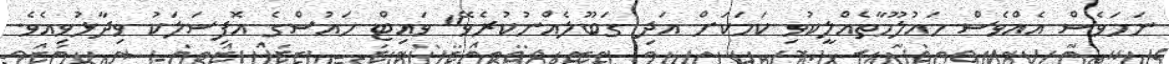
ނަމަވެސް އެއްވެސް މައުލޫމާތެއްލީކުވި ކަމަކަށް އަދި ގަބޫލެއްނުކުރެވޭ" ވައިޓް ހައުސްގެ އޮފިސަލަކު ވިދާޅުވިއެވެ.